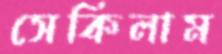
সেকিলাম